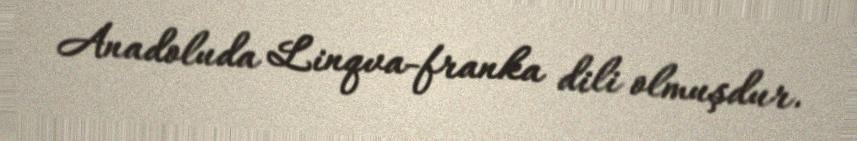
Anadoluda Linqva-franka dili olmuşdur.